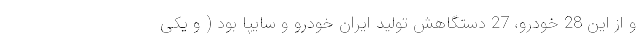
و از این 28 خودرو، 27 دستگاهش تولید ایران خودرو و سایپا بود ( و یکی